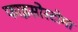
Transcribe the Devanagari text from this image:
फाइसोस्टोमा